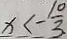
x < - \frac { 1 0 } { 3 }